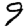
Digit: 9